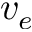
v _ { e }